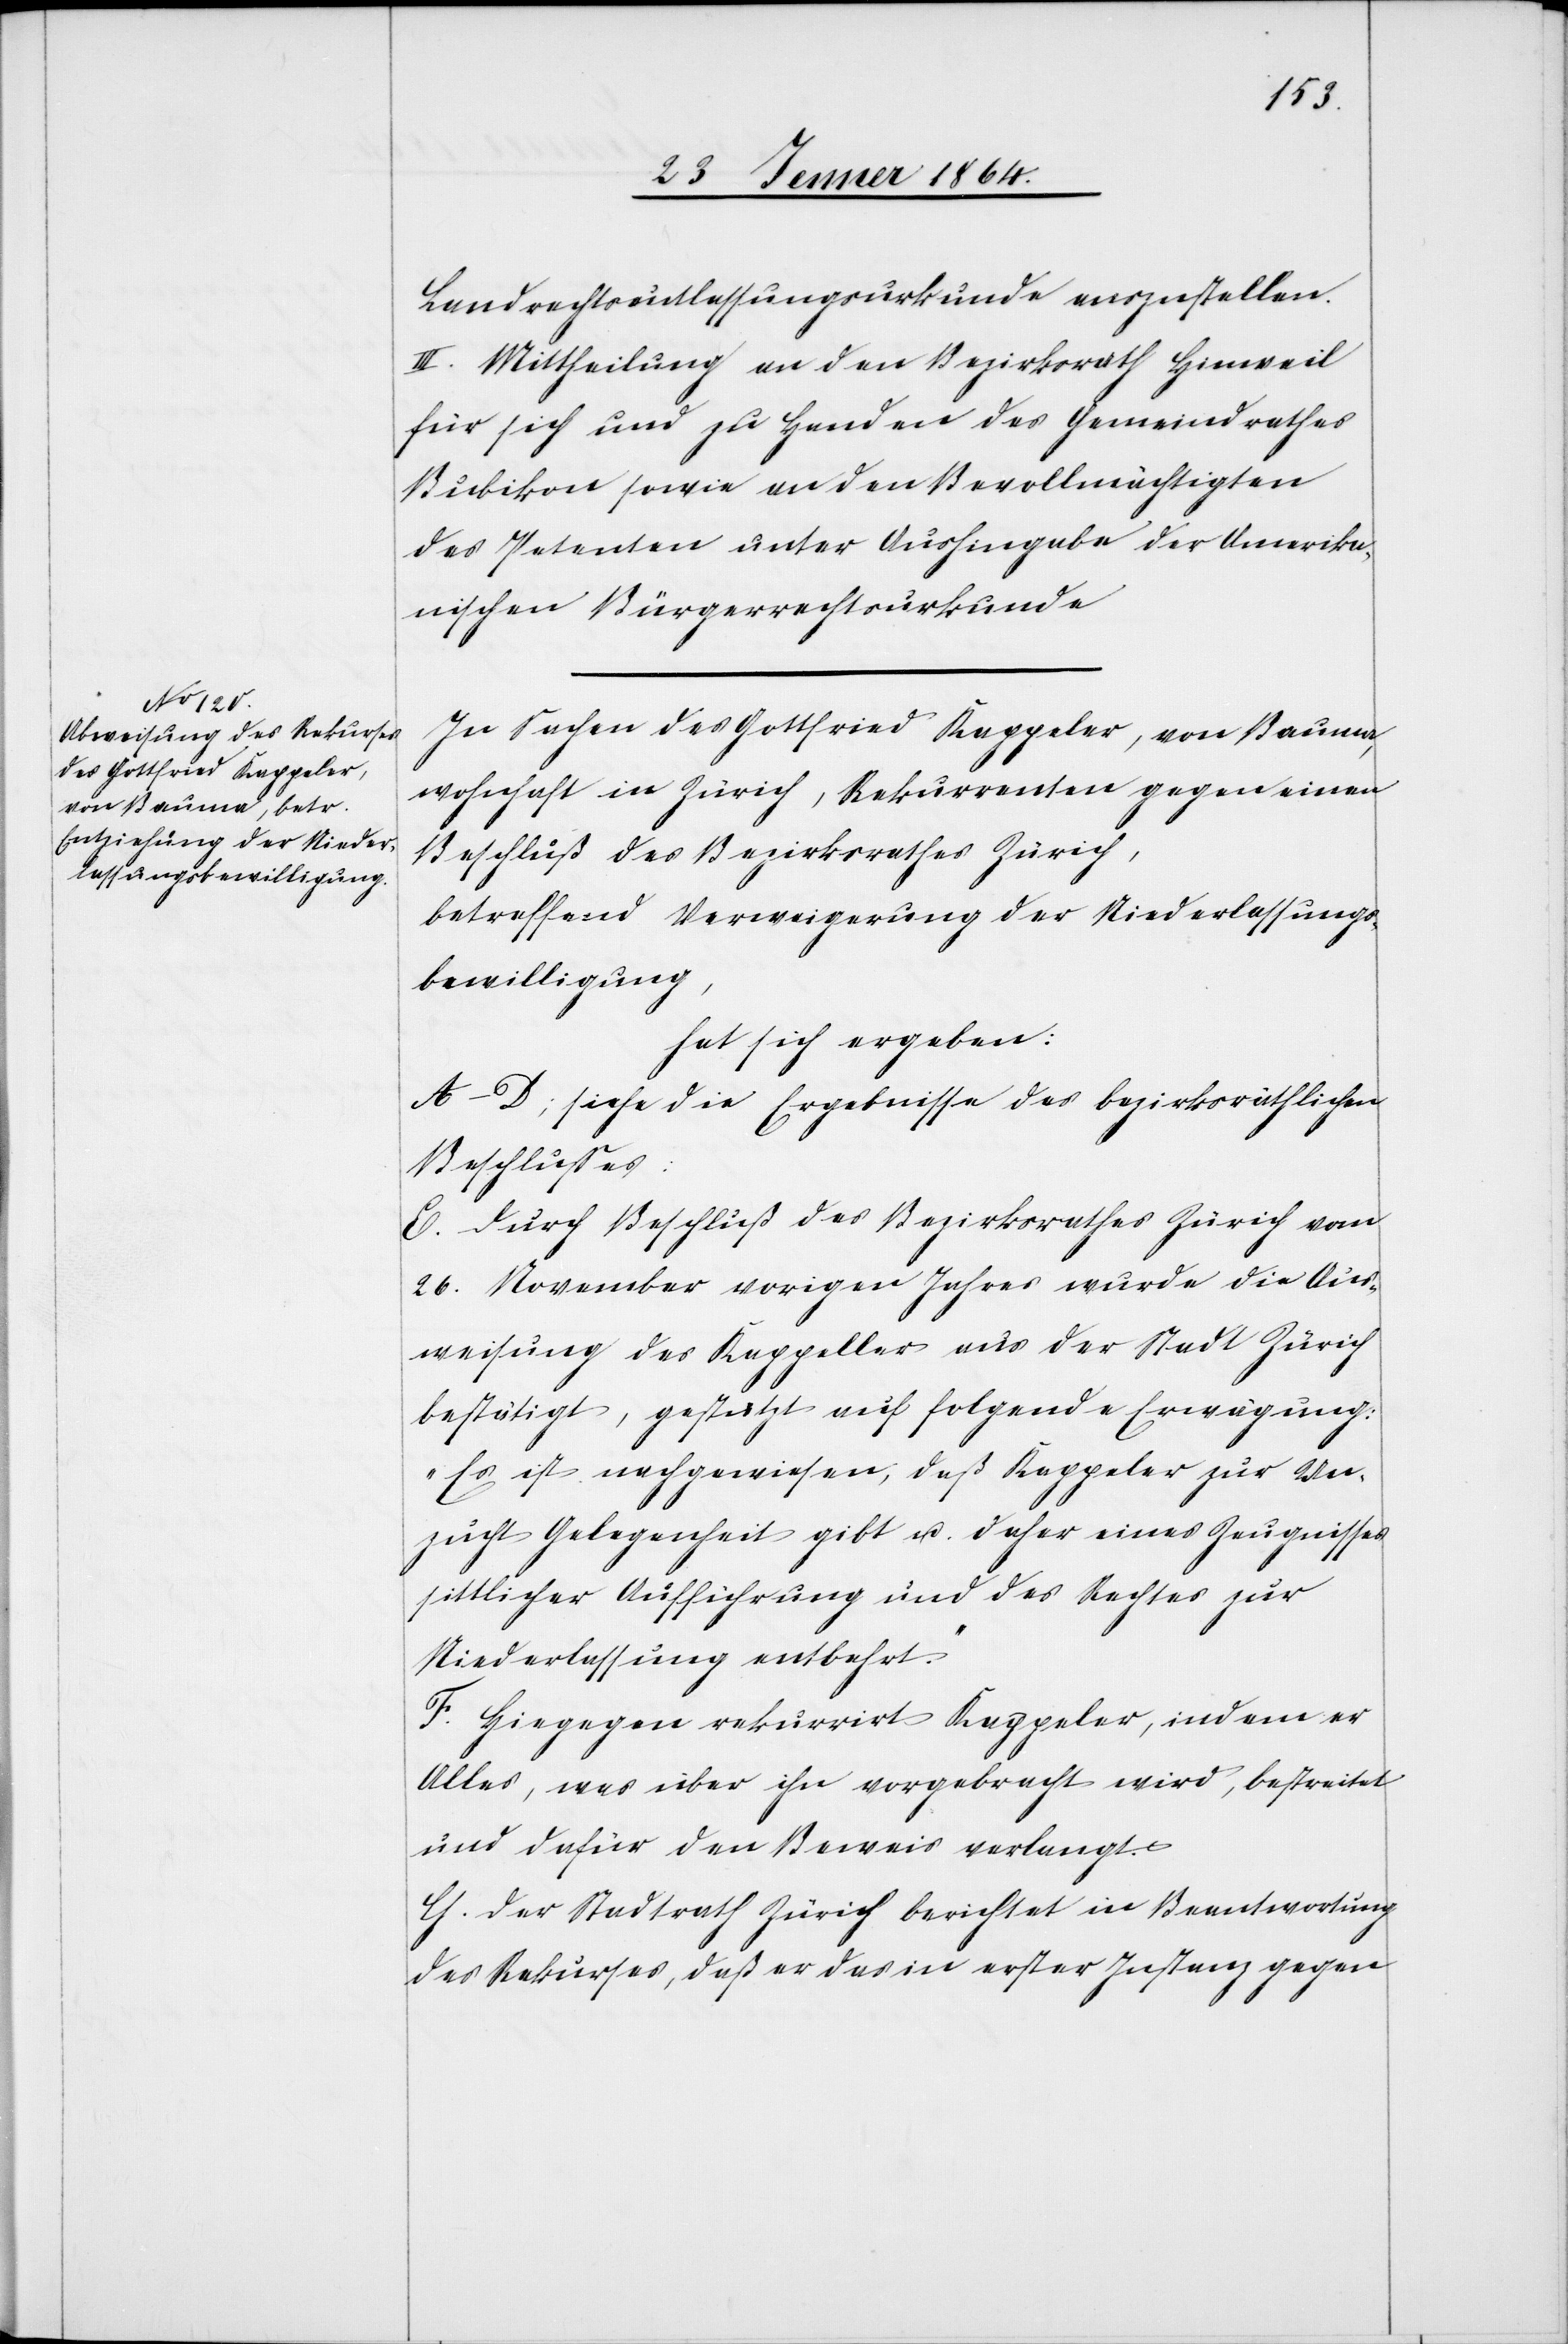
Landrechtsentlassungsurkunde auszustellen.
III. Mittheilung an den Bezirksrath Hinweil
für sich und zu Handen des Gemeindrathes
Bubikon sowie an den Bevollmächtigten
des Petenten unter Aushingabe der Amerika¬
nischen Bürgerrechtsurkunde[.]
In Sachen des Gottfried Kappeler, von Bauma,
wohnhaft in Zürich, Rekurrenten gegen einen
Beschluß des Bezirksrathes Zürich,
betreffend Verweigerung der Niederlassungs¬
bewilligung,
hat sich ergeben:
A–D; siehe die Ergebnisse des bezirksräthlichen
Beschlusses:
E. Durch Beschluß des Bezirksrathes Zürich vom
26. November vorigen Jahres wurde die Aus¬
weisung des Kappeller [sic!] aus der Stadt Zürich
bestätigt, gestützt auf folgende Erwägung:
„Es ist nachgewiesen, daß Kappeler zur Un¬
zucht Gelegenheit gibt u. daher eines Zeugnisses
sittlicher Aufführung und des Rechtes zur
Niederlassung entbehrt.“
F. Hiegegen rekurrirt Kappeler, indem er
Alles, was über ihn vorgebracht wird, bestreitet
und dafür den Beweis verlangt.
G. Der Stadtrath Zürich berichtet in Beantwortung
des Rekurses, daß er das in erster Instanz gegen